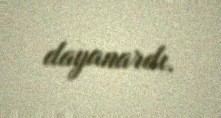
dayanardı.